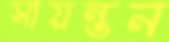
সায়ন্তন